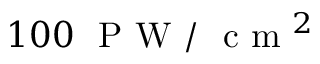
1 0 0 ~ \mathrm { ~ P ~ W ~ / ~ } \mathrm { ~ c ~ m ~ } ^ { 2 }